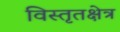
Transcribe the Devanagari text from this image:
विस्तृतक्षेत्र